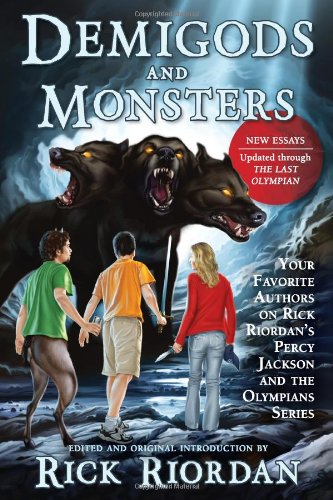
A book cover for Demigods and Monsters: Your Favorite Authors on Rick Riordan's Percy Jackson and the Olympians Series; Children's Books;